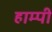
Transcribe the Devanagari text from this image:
हाम्पी